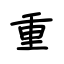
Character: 重